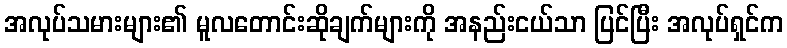
အလုပ်သမားများ၏ မူလတောင်းဆိုချက်များကို အနည်းငယ်သာ ပြင်ပြီး အလုပ်ရှင်က